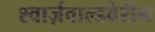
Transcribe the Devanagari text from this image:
श्वार्ज़वाल्डवेरीन